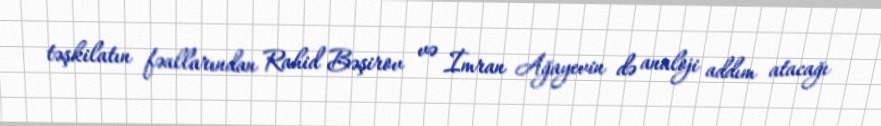
təşkilatın fəallarından Rahid Bəşirov və İmran Ağayevin də analoji addım atacağı